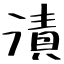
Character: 漬